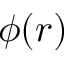
\phi ( r )